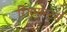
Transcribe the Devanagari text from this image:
रिंगमास्टर्स